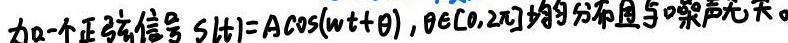
加一个正弦信号 $s(t)=A\cos(\omega t+\theta)$，$\theta\in[0,2\pi]$均匀分布且与噪声无关。